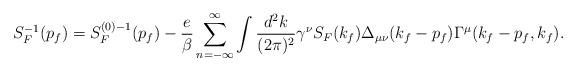
LaTeX: \begin{align*}S^{-1}_F(p_f)=S^{(0)-1}_F(p_f) - {e \over \beta} \sum_{n = - \infty }^{ \infty }\int {d^2k \over (2 \pi)^2 } \gamma^{\nu} S_F(k_f) \Delta_{\mu \nu}(k_f-p_f) \Gamma^{\mu}(k_f-p_f,k_f).\end{align*}